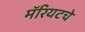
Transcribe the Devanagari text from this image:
मॅरियटचे